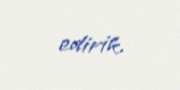
edirik.